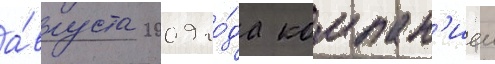
а́вгуста 2009 го́да компан'иеи